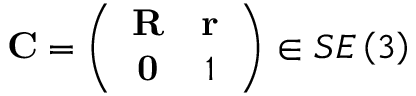
\mathbf { C } = \left( \begin{array} { c c } { \mathbf { R } } & { \mathbf { r } } \\ { \mathbf { 0 } } & { 1 } \end{array} \right) \in S E \left( 3 \right)